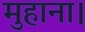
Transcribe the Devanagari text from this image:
मुहाना।